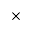
\times